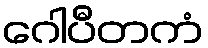
ဂေါပီတကံ